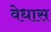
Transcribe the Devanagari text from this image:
वेधास